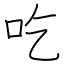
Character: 吃